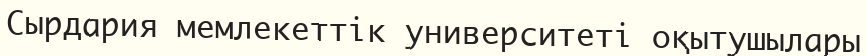
Сырдария мемлекеттік университеті оқытушылары